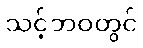
သင့်ဘဝတွင်